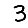
Digit: 3